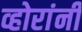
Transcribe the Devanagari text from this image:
व्होरांनी